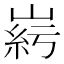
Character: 𡹱